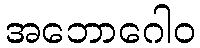
အဘောဂေါဝ